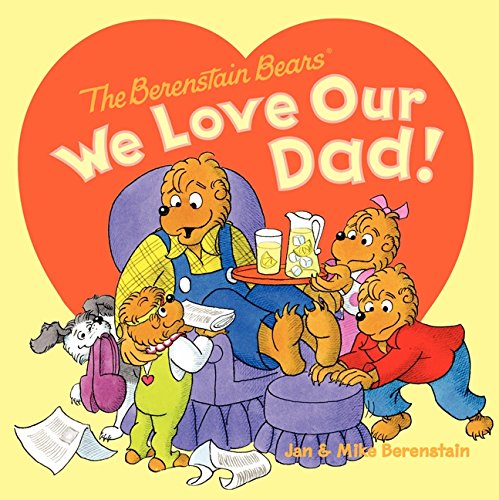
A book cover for The Berenstain Bears: We Love Our Dad!; Jan Berenstain; Children's Books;